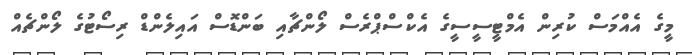
މީގެ އެއްމަސް ކުރިން އެމްޓީސީސީގެ އެކްސްޕްރެސް ލޯންޗާއި ބަންޑޮސް އައިލެންޑް ރިސޯޓުގެ ލޯންޗެއް